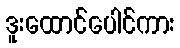
ဒူးထောင်ပေါင်ကား